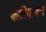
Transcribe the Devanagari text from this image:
कलियाचन